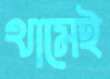
থামেই